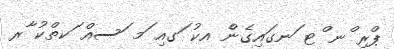
ޕްރި ްނ ްޓ ަނގައިގެންެ އކު ަގއި ަމ ަސއް ަކތްކު ާރ